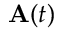
\mathbf { A } ( t )